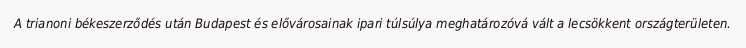
A trianoni békeszerződés után Budapest és elővárosainak ipari túlsúlya meghatározóvá vált a lecsökkent országterületen.